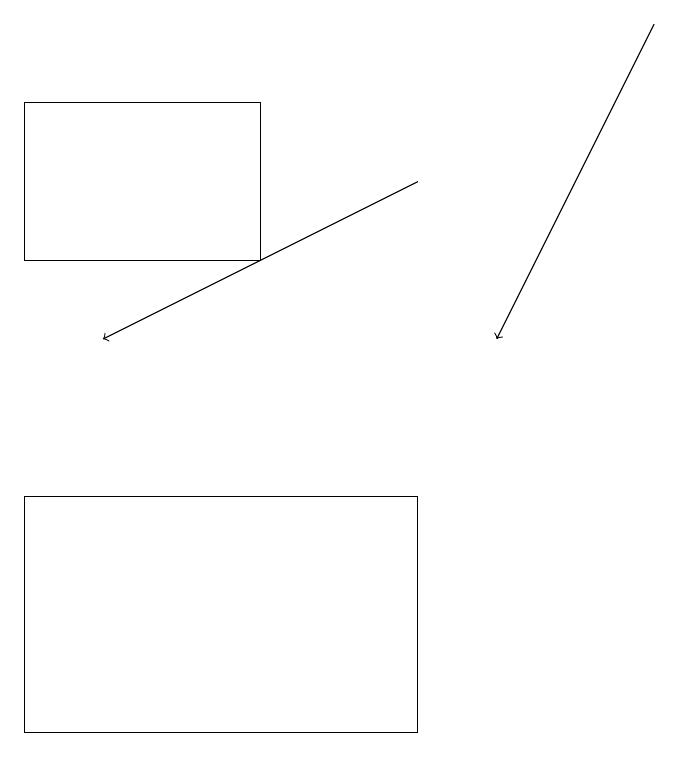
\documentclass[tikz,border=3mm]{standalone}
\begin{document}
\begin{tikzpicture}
\draw (1,16) rectangle (4,18);
\draw (6,13) rectangle (1,10);
\draw[->] (9,19) -- (7,15);
\draw[->] (6,17) -- (2,15);
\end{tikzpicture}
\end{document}